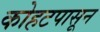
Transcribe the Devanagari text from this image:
कोहटपासून